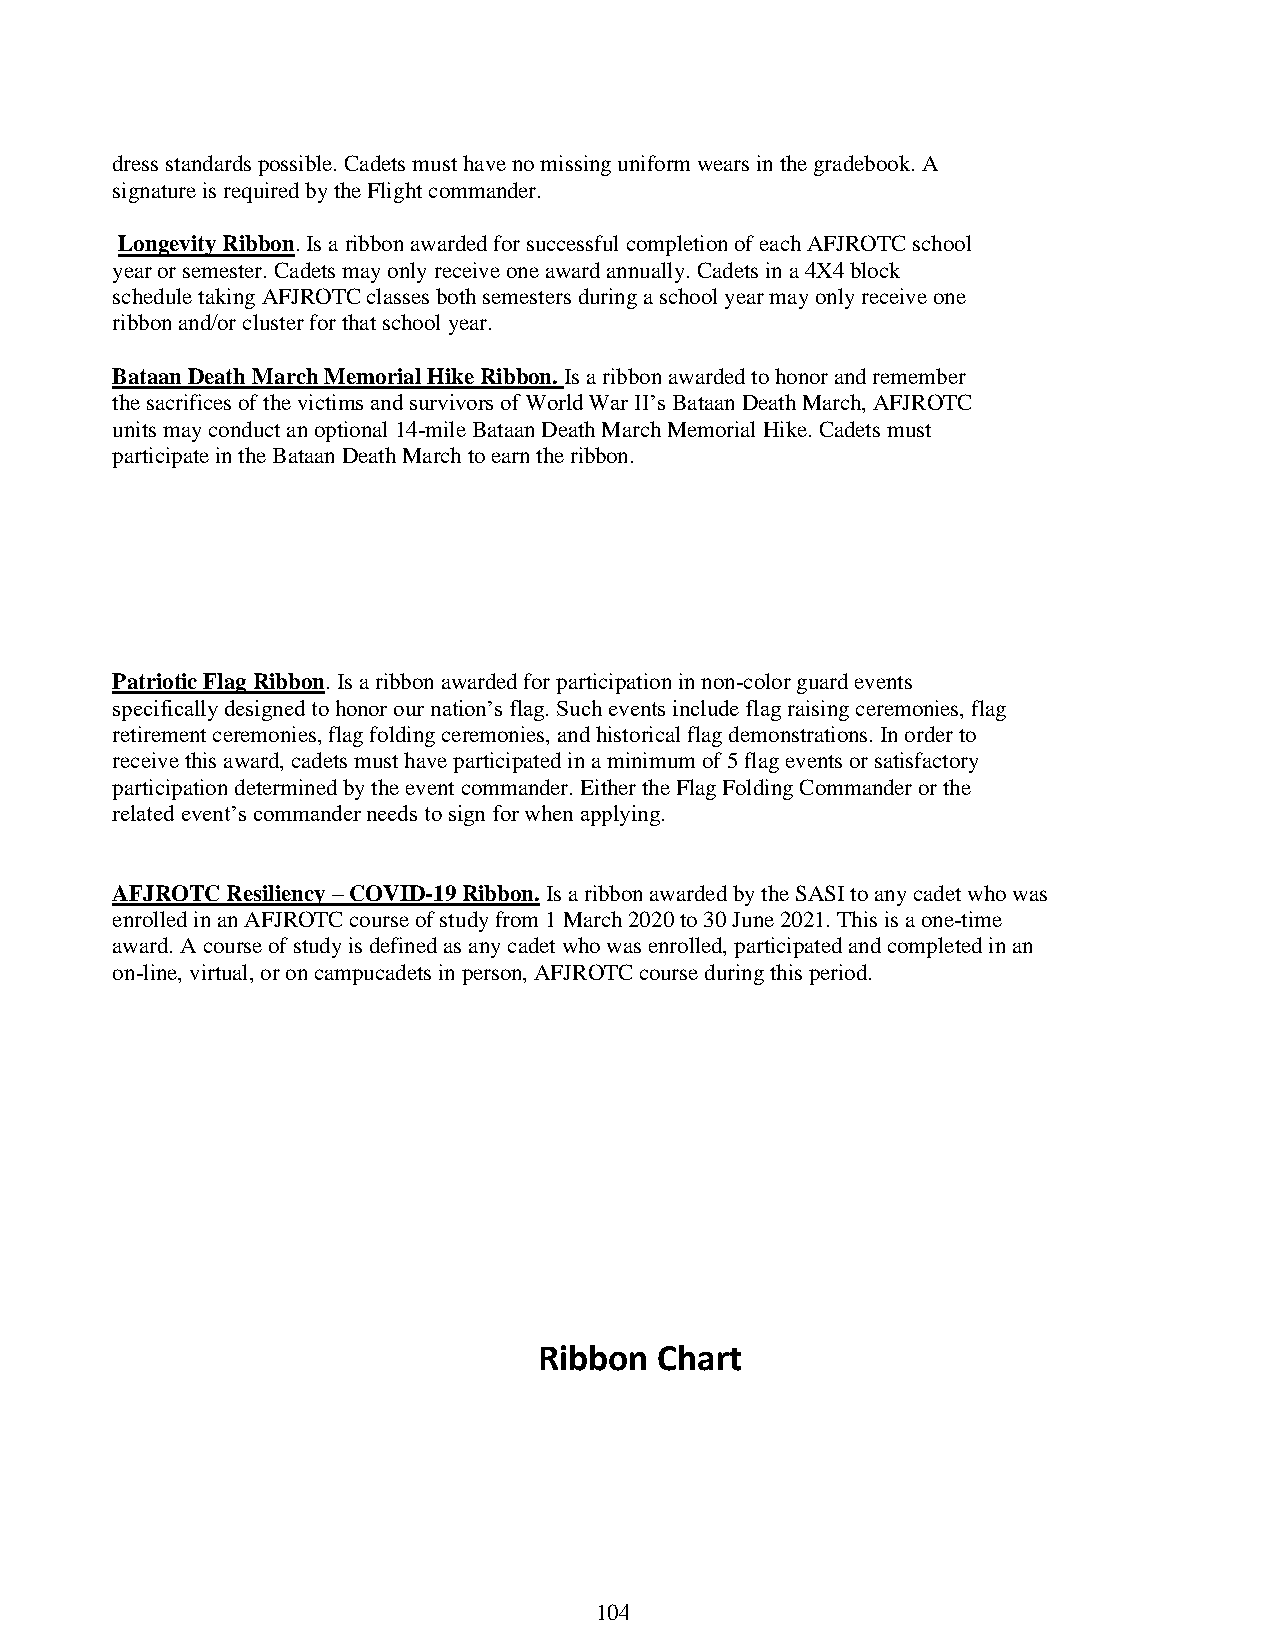
dress standards possible. Cadets must have no missing uniform wears in the gradebook. A
 signature is required by the Flight commander.
 Longevity Ribbon. Is a ribbon awarded for successful completion of each AFJROTC school
 year or semester. Cadets may only receive one award annually. Cadets in a 4X4 block
 schedule taking AFJROTC classes both semesters during a school year may only receive one
 ribbon and/or cluster for that school year.
 Bataan Death March Memorial Hike Ribbon. Is a ribbon awarded to honor and remember
 the sacrifices of the victims and survivors of World War II’s Bataan Death March, AFJROTC
 units may conduct an optional 14-mile Bataan Death March Memorial Hike. Cadets must
 participate in the Bataan Death March to earn the ribbon.
 Patriotic Flag Ribbon. Is a ribbon awarded for participation in non-color guard events
 specifically designed to honor our nation’s flag. Such events include flag raising ceremonies, flag
 retirement ceremonies, flag folding ceremonies, and historical flag demonstrations. In order to
 receive this award, cadets must have participated in a minimum of 5 flag events or satisfactory
 participation determined by the event commander. Either the Flag Folding Commander or the
 related event’s commander needs to sign for when applying.
 AFJROTC Resiliency – COVID-19 Ribbon. Is a ribbon awarded by the SASI to any cadet who was
 enrolled in an AFJROTC course of study from 1 March 2020 to 30 June 2021. This is a one-time
 award. A course of study is defined as any cadet who was enrolled, participated and completed in an
 on-line, virtual, or on campucadets in person, AFJROTC course during this period.
 Ribbon  Chart
 104